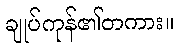
ချုပ်ကုန်၏တကား။